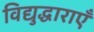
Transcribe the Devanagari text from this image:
विद्युद्धाराएँ